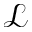
\mathcal { L }